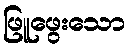
ဖြူဖွေးသော